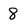
Character: 8